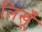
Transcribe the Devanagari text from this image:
लिखूँ